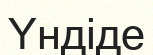
Үндіде